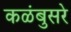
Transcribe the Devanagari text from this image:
कळंबुसरे